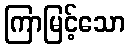
ကြာမြင့်သော